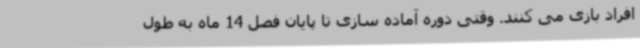
افراد بازی می کنند. وقتی دوره آماده سازی تا پایان فصل 14 ماه به طول